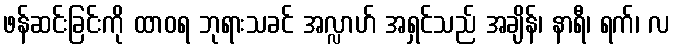
ဖန်ဆင်းခြင်းကို ထာဝရ ဘုရားသခင် အလ္လာဟ် အရှင်သည် အချိန်၊ နာရီ၊ ရက်၊ လ